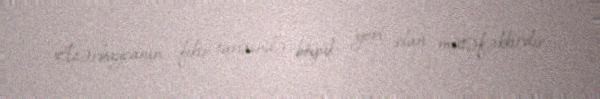
Azərbaycanın fikir tarixində böyük yeri olan mütəfəkkirdir.